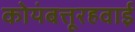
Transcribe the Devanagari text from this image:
कोयंबत्तूरहवाई